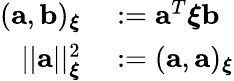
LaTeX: \begin{array}{rl}{(\mathbf{a},\mathbf{b})_{\boldsymbol{\xi}}}&{{}:=\mathbf{a}^{T}\boldsymbol{\xi}\mathbf{b}}\\ {||\mathbf{a}||_{\boldsymbol{\xi}}^{2}}&{{}:=(\mathbf{a},\mathbf{a})_{\boldsymbol{\xi}}}\end{array}